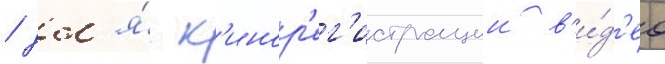
/ дл'я́ к'инор'ег'истрации в'и́д'ео